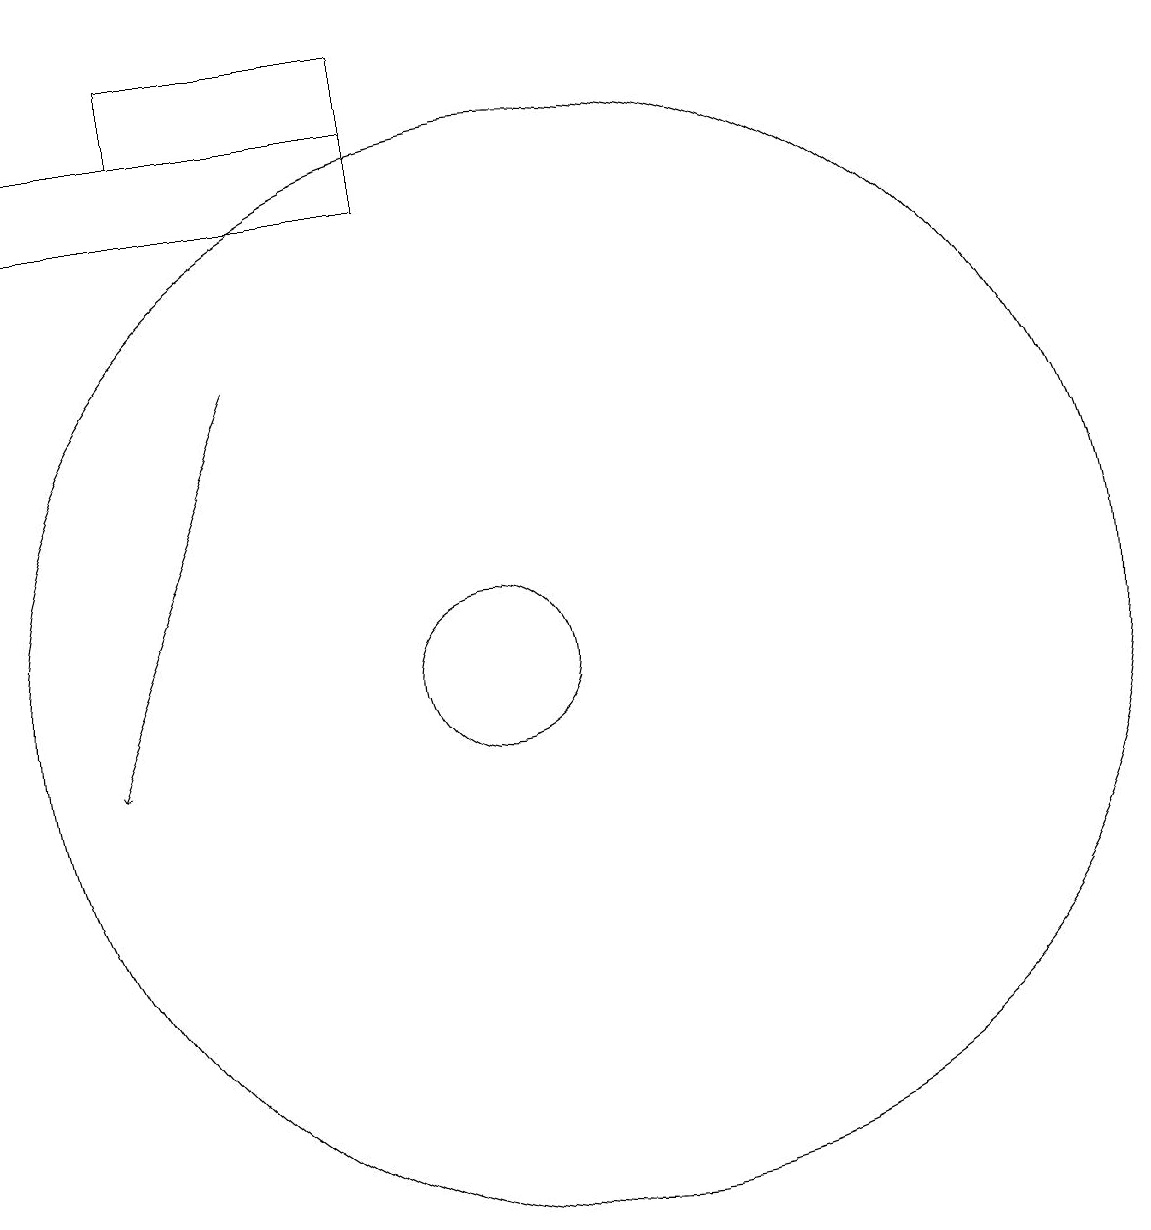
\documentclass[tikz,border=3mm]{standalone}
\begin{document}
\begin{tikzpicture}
\draw (9,19) rectangle (6,18);
\draw (4,18) rectangle (9,17);
\draw[->] (7,15) -- (5,10);
\draw (11,11) circle (7);
\draw (10,11) circle (1);
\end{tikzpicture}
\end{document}